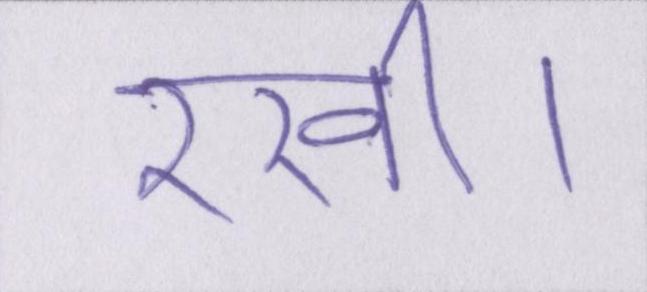
रखी।